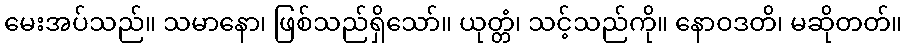
မေးအပ်သည်။ သမာနော၊ ဖြစ်သည်ရှိသော်။ ယုတ္တံ၊ သင့်သည်ကို။ နောဝဒတိ၊ မဆိုတတ်။